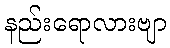
နည်းရောလားဗျာ